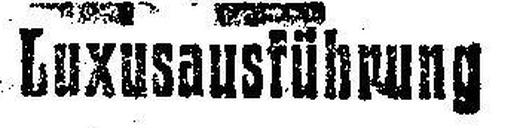
Luxusausführung